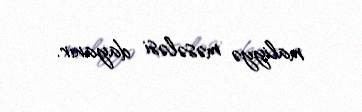
maliyyə məsələsi dayanır.